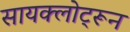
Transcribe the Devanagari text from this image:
सायक्लोट्रून